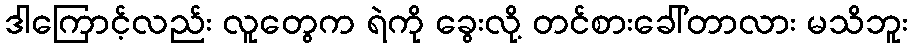
ဒါကြောင့်လည်း လူတွေက ရဲကို ခွေးလို့ တင်စားခေါ်တာလား မသိဘူး